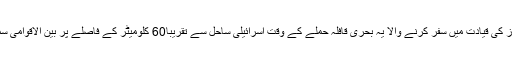
ایک ترک بحری جہاز کی قیادت میں سفر کرنے والا یہ بحری قافلہ حملے کے وقت اسرائیلی ساحل سے تقریباً60 کلومیٹر کے فاصلے پر بین الاقوامی سمندری حدود میں تھا۔